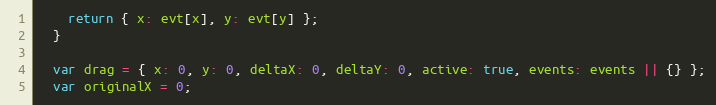
Language: JavaScript
    return { x: evt[x], y: evt[y] };
  }

  var drag = { x: 0, y: 0, deltaX: 0, deltaY: 0, active: true, events: events || {} };
  var originalX = 0;